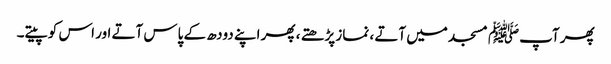
پھر آپﷺ مسجد میں آتے ، نماز پڑھتے ، پھر اپنے دودھ کے پاس آتے اور اس کو پیتے۔